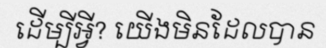
ដើម្បីអ្វី? យើងមិនដែលបាន